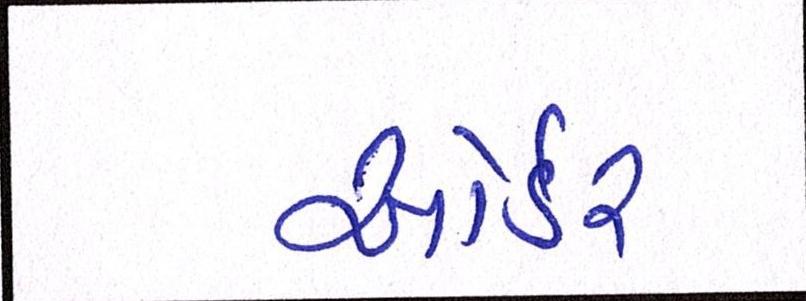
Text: ઓર્ડર